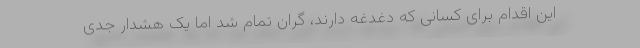
این اقدام برای کسانی که دغدغه دارند، گران تمام شد اما یک هشدار جدی